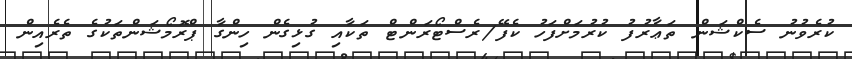
ކުރެވުނު ސެކްޝަން ތަޢާރުފު ކުރުމަށްފަހު ކެފޭ/ރެސްޓޯރަންޓް ތަކާއި ގުޅިގެން ހިންގާ ޕްރޮމޯޝަންތަކުގެ ތެރެއިން